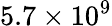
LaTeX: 5.7\times 10^{9}